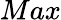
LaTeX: Max